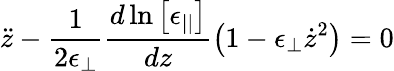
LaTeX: \ddot{z}-\frac{1}{2\epsilon_{\perp}}\frac{d\ln\left[\epsilon_{||}\right]}{dz}\left(1-\epsilon_{\perp}\dot{z}^{2}\right)=0